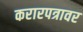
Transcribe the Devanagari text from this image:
करारपत्रावर